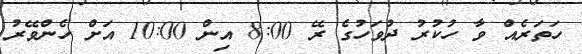
ހަތަރެއް ވާ ހުކުރު ދުވަހުގެ ރޭ 8:00 އިން 10:00 އަށް ހެންވޭރު